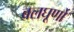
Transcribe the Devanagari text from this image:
बलघूर्णो